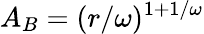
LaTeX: A_{B}=(r/\omega)^{1+1/\omega}